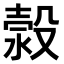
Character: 𣹬